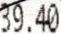
39.40